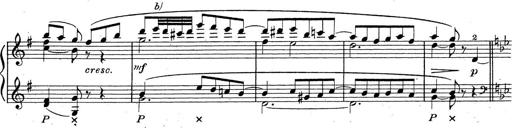
Title: ÄŒeskÃ© Sonatiny
Composer: Various